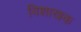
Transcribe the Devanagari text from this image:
विशाखक